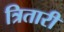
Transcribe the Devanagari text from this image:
त्रितारी